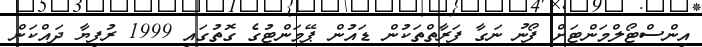
އިންސްޓޯލްމަންޓަށް ފޯނު ނަގާ ފަރާތްތަކުން ޑައުން ޕޭމަންޓުގެ ގޮތުގައި 1999 ރުފިޔާ ދައްކަން